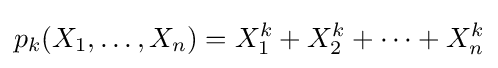
p_{k}(X_{1},\ldots ,X_{n})=X_{1}^{k}+X_{2}^{k}+\cdots +X_{n}^{k}